Indian Medical Review
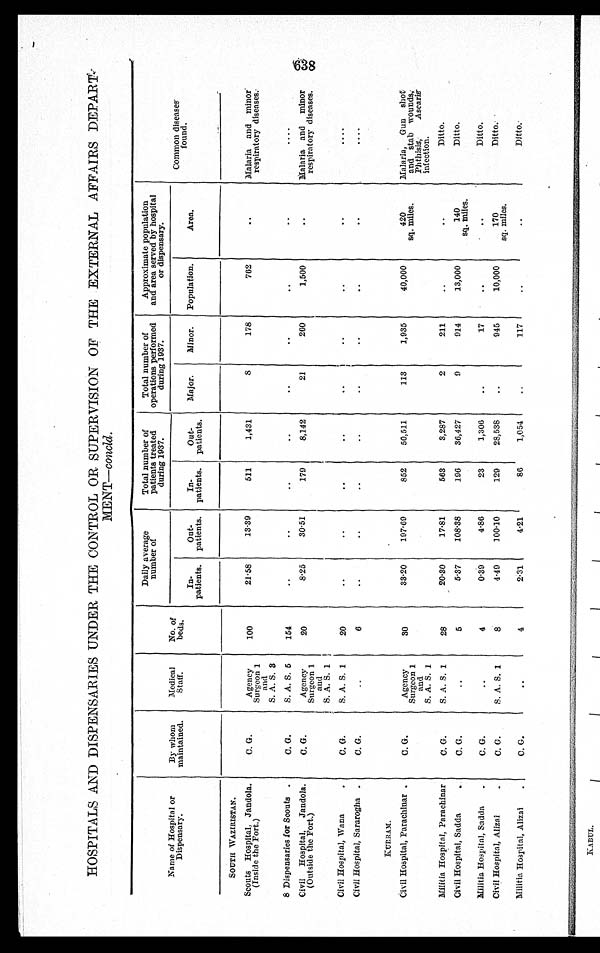
HOSPITALS AND DISPENSARIES UNDER THE CONTROL OR SUPERVISION OF THE EXTERNAL AFFAIRS DEPART
-
MENT— concld.
Name of Hospital or
Dispensary.
By whom
maintained.
Medical
Staff.
No. of
beds.
Daily average
number of
Total number of
patients treated
during 1937.
Total number of
operations performed
during 1937.
Approximate population
and area served by hospital
or dispensary.
Common diseases
found.
In-
patients.
Out-
patients.
In-
patients.
Out-
patients.
Major.
Minor. Population.
Area.
SOUTH WAZIRISTAN.
Scouts Hospital, Jandola.
(Inside the Fort.)
C. G.
Agency
Surgeon 1
and
S. A. S. 3
100
21.58
13.39
511
1,431
8
178
762
Malaria and minor
respiratory diseases.
8 Dispensaries for Scouts
C. G.
S. A. S. 5
154
Civil Hospital, Jandola.
(Outside the Fort.)
C. G.
Agency
Surgeon 1
and
S. A. S. 1
20
8.25
30.51
179
8,142
21
260
1,500
Malaria and minor
respiratory diseases.
Civil Hospital, Wana
C. G.
S. A. S. 1
20
Civil Hospital, Sararogha
C. G .
6
KURRAM.
Civil Hospital, Parachinar
C. G.
Agency
Surgeon 1
and
S. A. S. 1
30
33.20
197.69
852
50,511
113
1,935
40,000
420
sq. miles.
Malaria, Gun shot
and stab wounds,
Phthisis, Ascaris
infection.
Militia Hospital, Parachinar
C. G.
S. A. S. 1
28
20.30
17.81
563
3,287
2
211
Ditto.
Civil Hospital, Sadda
C. G.
5
5.37
108.38
196
36,427
9
914
13,000
140
sq. miles.
Ditto.
Militia Hospital, Sadda
C. G
4
0.39
4.86
23
1,306
17
Ditto.
Civil Hospital, Alizai
C. G.
S. A. S. 1
8
4.49
100.10
129
28,538
945
10,000
170
sq. miles.
Ditto.
Militia Hospital, Alizai
C. G.
4
2.31
4.21
86
1,054
117
Ditto.
638